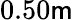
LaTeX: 0.50\mathsf{m}